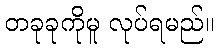
တခုခုကိုမူ လုပ်ရမည်။